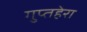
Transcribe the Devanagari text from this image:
गुप्तहेरा